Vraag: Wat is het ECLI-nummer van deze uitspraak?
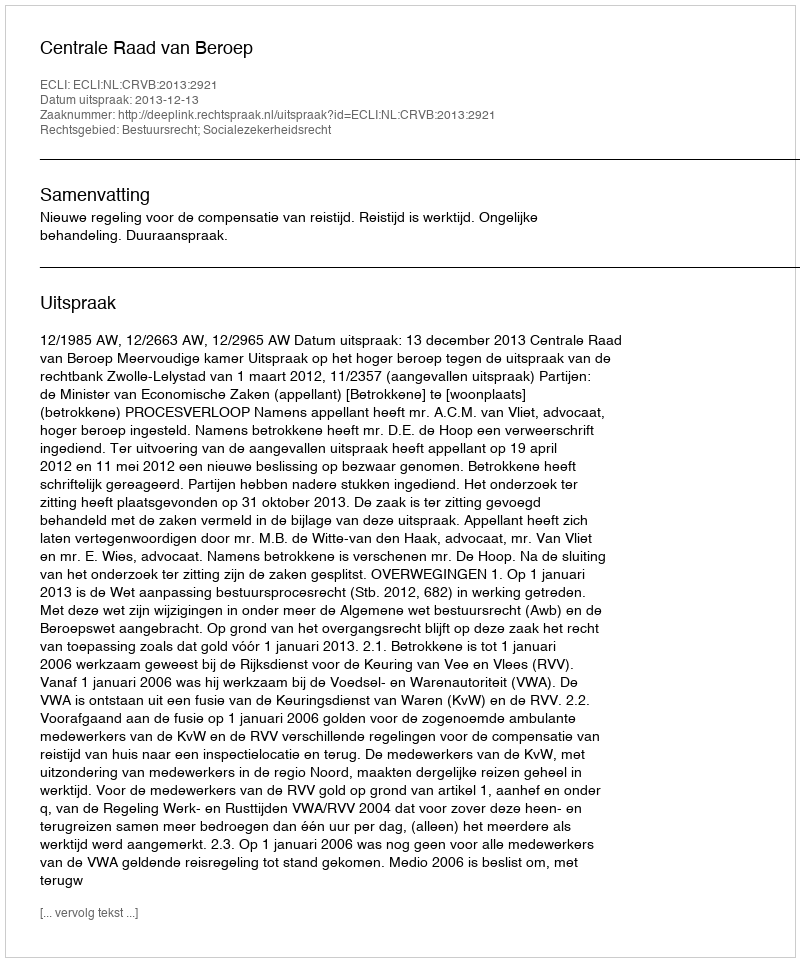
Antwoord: ECLI:NL:CRVB:2013:2921